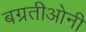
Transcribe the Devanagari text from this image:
बग्रतीओनी